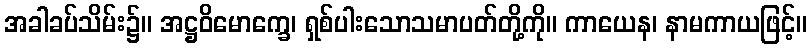
အခါခပ်သိမ်း၌။ အဋ္ဌဝိမောက္ခေ၊ ရှစ်ပါးသောသမာပတ်တို့ကို။ ကာယေန၊ နာမကာယဖြင့်။